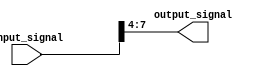
module part_select_assign (
    input wire [7:0] input_signal,
    output reg [3:0] output_signal
);

always @* begin
    output_signal = input_signal[7:4];
end

endmodule